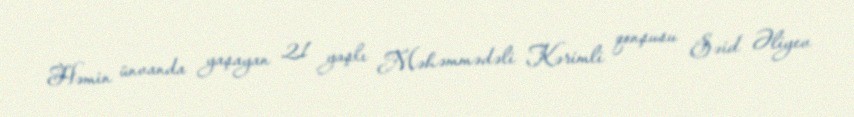
Həmin ünvanda yaşayan 21 yaşlı Məhəmmədəli Kərimli qonşusu Səid Əliyev